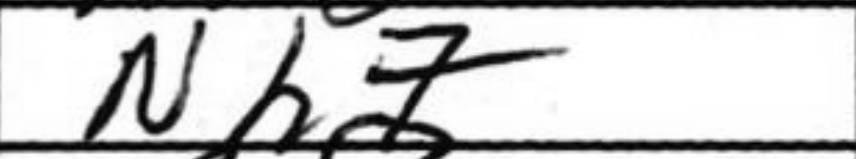
Transcription: Nh7